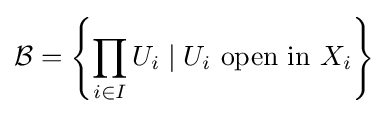
{\mathcal {B}}=\left\{\prod _{i\in I}U_{i}\mid U_{i}{\text{ open in }}X_{i}\right\}